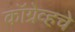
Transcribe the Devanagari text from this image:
कॉग्रेव्हचे